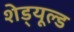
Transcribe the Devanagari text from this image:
शेड्‌यूल्ड